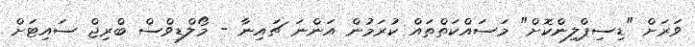
ވަރަށް "ޑިސިޕްލިންކޮށް" މަސައްކަތްތައް ކުރަމުން އަންނަ ޗައިނާ - މޯލްޑިވްސް ބްރިޖް ސައިޓަށް